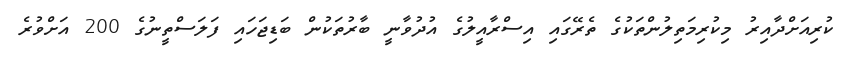
ކުރިއަށްދާއިރު މިކުރިމަތިލުންތަކުގެ ތެރޭގައި އިސްރާއީލުގެ އުދުވާނީ ބާރުތަކުން ބަޑިޖަހައި ފަލަސްތީނުގެ 200 އަށްވުރެ